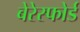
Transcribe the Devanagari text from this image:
बेरेस्फोर्ड